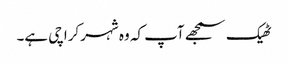
ٹھیک سمجھے آپ کہ وہ شہر کراچی ہے۔